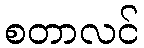
စတာလင်